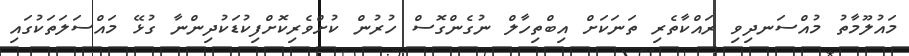
މައުލޫމާތު މުއްސަނދިވި ރައްކާތެރި ތަނަކަށް އިބްތިހާލް ނުގެންގޮސް ހުރުން ކުށްވެރިކޮށްފިކުޑަކުދިންނާ ގުޅޭ މައްސަލަތަކުގައި